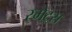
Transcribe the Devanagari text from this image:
स्मेट्स